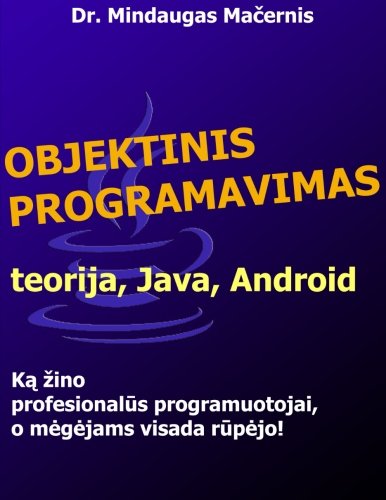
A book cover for Objektinis programavimas: teorija, Java, Android (Lithuanian Edition); Mindaugas Macernis; Computers & Technology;